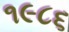
૧૯૮૬